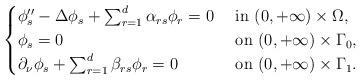
LaTeX: \begin{align*}\begin{cases}\phi_s''-\Delta \phi_s+ \sum_{r=1}^d\alpha_{rs}\phi_r=0 &\hbox{ in } (0, +\infty)\times \Omega,\\\phi_s=0 &\hbox{ on } (0, +\infty)\times \Gamma_0,\\\partial_\nu\phi_s+\sum_{r=1}^d\beta_{rs}\phi_r=0 &\hbox{ on } (0, +\infty)\times \Gamma_1.\end{cases}\end{align*}